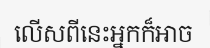
លើសពីនេះអ្នកក៏អាច